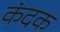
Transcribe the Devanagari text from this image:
कंदक